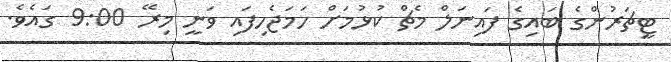
ޓީޗަރުންގެ ބައިގެ ފައިނަލް މެޗް ކުޅުމަށް ހަމަޖެހިފައި ވަނީ މިރޭ 9:00 ގައެވެ.